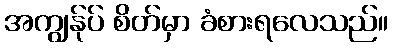
အကျွန်ုပ် စိတ်မှာ ခံစားရလေသည်။